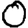
Digit: 0